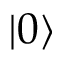
\vert 0 \rangle